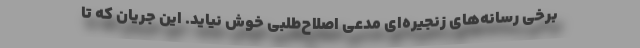
برخی رسانه‌های زنجیره‌ای مدعی اصلاح‌طلبی خوش نیاید. این جریان که تا